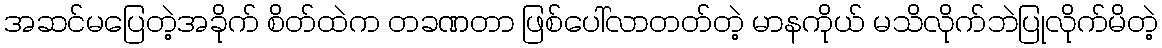
အဆင်မပြေတဲ့အခိုက် စိတ်ထဲက တခဏတာ ဖြစ်ပေါ်လာတတ်တဲ့ မာနကိုယ် မသိလိုက်ဘဲပြုလိုက်မိတဲ့